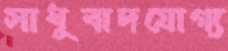
সাধুবাদযোগ্য